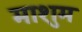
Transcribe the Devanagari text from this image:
माशुम